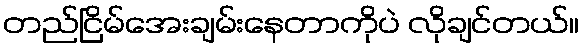
တည်ငြိမ်အေးချမ်းနေတာကိုပဲ လိုချင်တယ်။